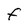
Character: f